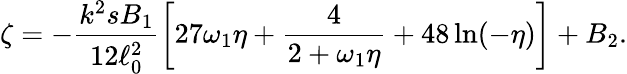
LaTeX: \zeta=-\frac{k^{2}sB_{1}}{12\ell_{0}^{2}}\biggl[27\omega_{1}\eta+\frac{4}{2+\omega_{1}\eta}+48\ln(-\eta)\biggr]+B_{2}.